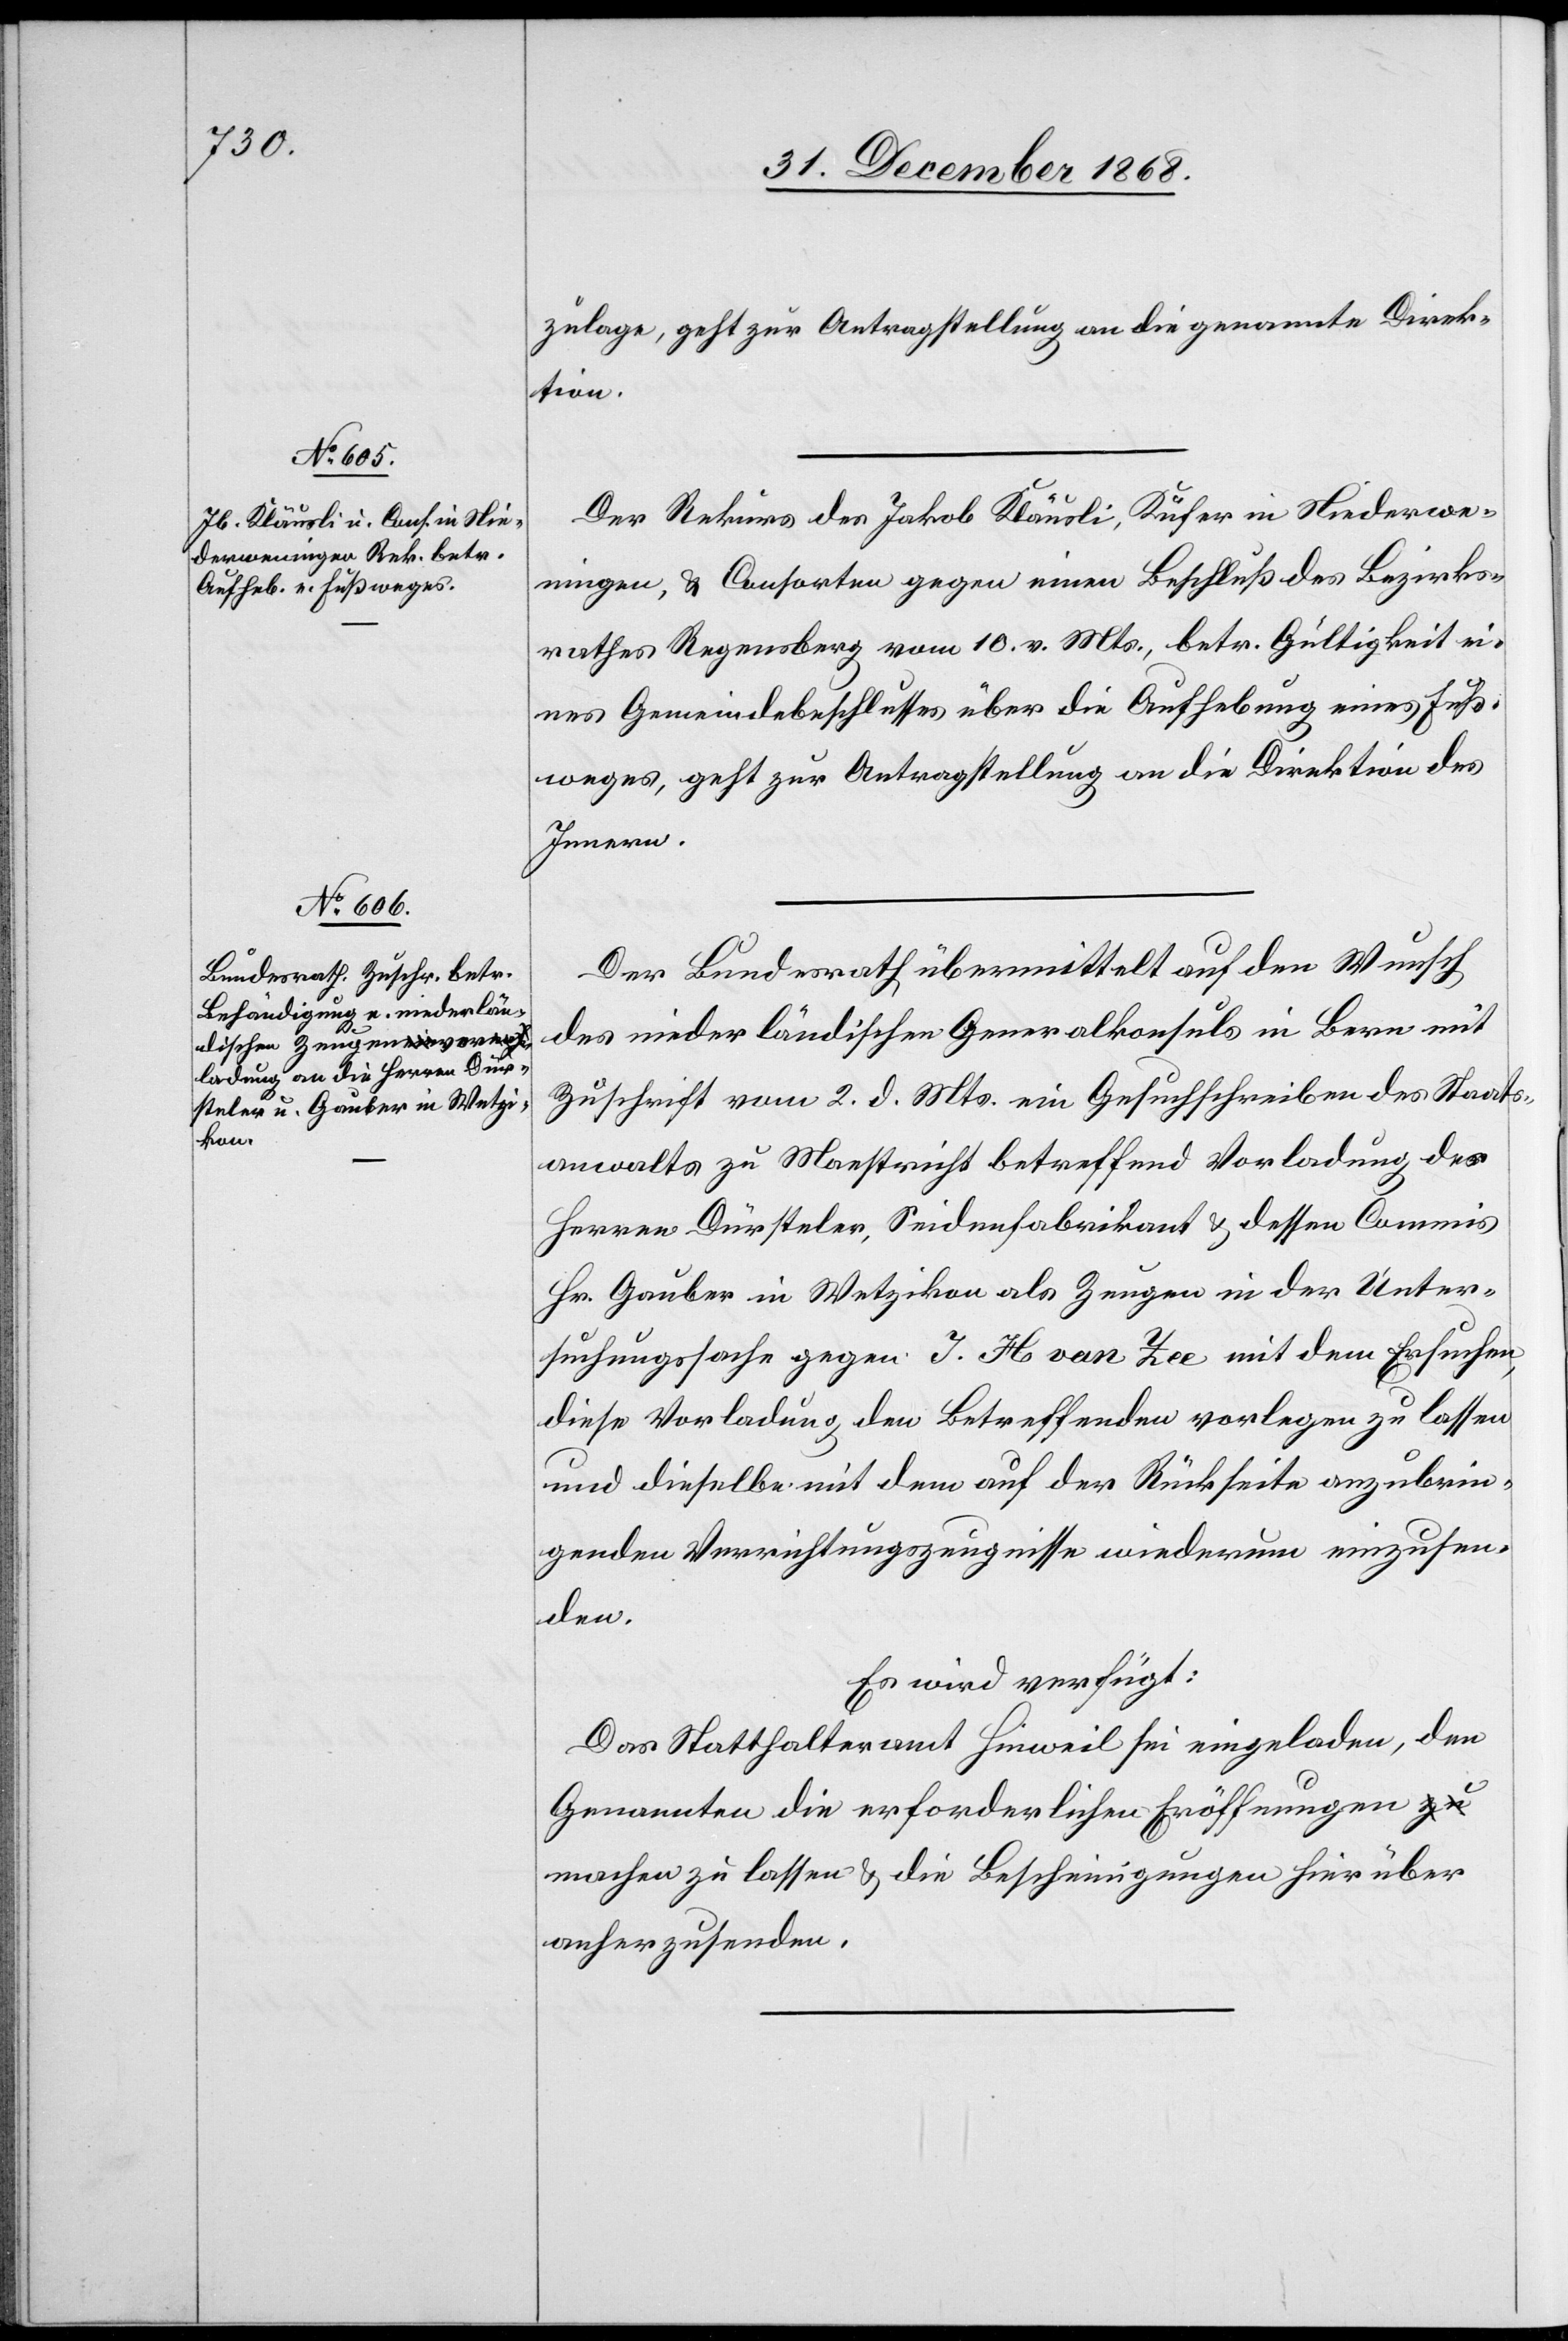
zulage, geht zur Antragstellung an die genannte Direk¬
tion.
Der Rekurs des Jakob Kläusli, Küfer in Niederwe¬
ningen, & Consorten gegen einen Beschluß des Bezirks¬
rathes Regensberg vom 10. v. Mts., betr. Gültigkeit ei¬
nes Gemeindebeschlusses über die Aufhebung eines Fuß¬
weges, geht zur Antragstellung an die Direktion des
Innern.
Der Bundesrath übermittelt auf den Wunsch
des niederländischen Generalkonsuls in Bern mit
Zuschrift vom 2. d. Mts. ein Gesuchschreiben des Staats¬
anwalts zu Maestricht betreffend Vorladung der
Herren Dürsteler, Seidenfabrikant & dessen Commis
Hr. Gauber in Wetzikon als Zeugen in der Unter¬
suchungssache gegen J. H. van Zee mit dem Ersuchen,
diese Vorladung den Betreffenden vorlegen zu lassen
und dieselbe mit dem auf der Rückseite anzubrin¬
genden Verrichtungszeugnisse wiederum einzusen¬
den.
Es wird verfügt:
Das Statthalteramt Hinweil sei eingeladen, den
Genannten die erforderlichen Eröffnungen
machen zu lassen & die Bescheinigungen hierüber
anherzusenden.